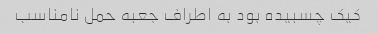
کیک چسبیده بود به اطراف جعبه حمل نامناسب